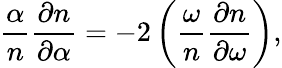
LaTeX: \frac{\alpha}{n}\frac{\partial n}{\partial\alpha}=-2\left(\frac{\omega}{n}\frac{\partial n}{\partial\omega}\right),